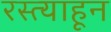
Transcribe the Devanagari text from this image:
रस्त्याहून